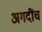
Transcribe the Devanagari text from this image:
अगदींच